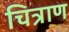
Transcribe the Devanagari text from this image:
चित्राण